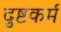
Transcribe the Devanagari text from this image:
दुष्टकर्म